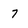
Character: 7